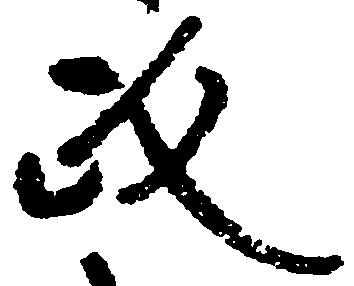
政